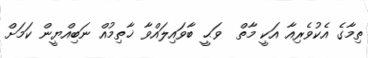
ތިމާގެ އެކުވެރިއާ އަކީ މާތް  ވަޙީ ބާވައިލައްވާ ޚާތިމުއް ނަބިއްޔީން ކަމަށް